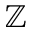
\mathbb { Z }